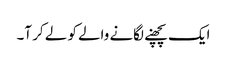
ایک پچھنے لگانے والے کو لے کر آ۔